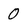
Character: 0